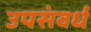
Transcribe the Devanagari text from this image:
उपसंवर्ध